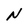
Character: N